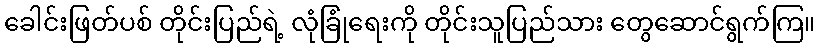
ခေါင်းဖြတ်ပစ် တိုင်းပြည်ရဲ့ လုံခြုံရေးကို တိုင်းသူပြည်သား တွေဆောင်ရွက်ကြ။